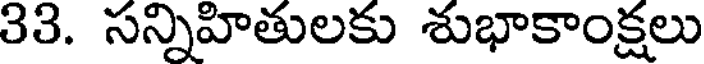
33. సన్నిహితులకు శుభాకాంక్షలు